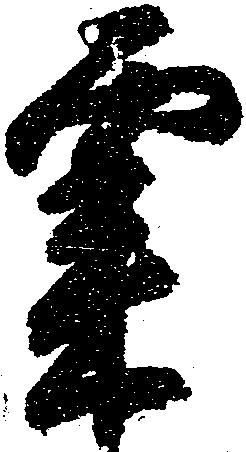
粟